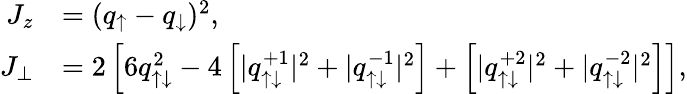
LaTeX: \begin{array}{rl}{J_{z}}&{=(q_{\uparrow}-q_{\downarrow})^{2},}\\ {J_{\perp}}&{=2\left[6q_{\uparrow\downarrow}^{2}-4\left[|q_{\uparrow\downarrow}^{+1}|^{2}+|q_{\uparrow\downarrow}^{-1}|^{2}\right]+\left[|q_{\uparrow\downarrow}^{+2}|^{2}+|q_{\uparrow\downarrow}^{-2}|^{2}\right]\right],}\end{array}